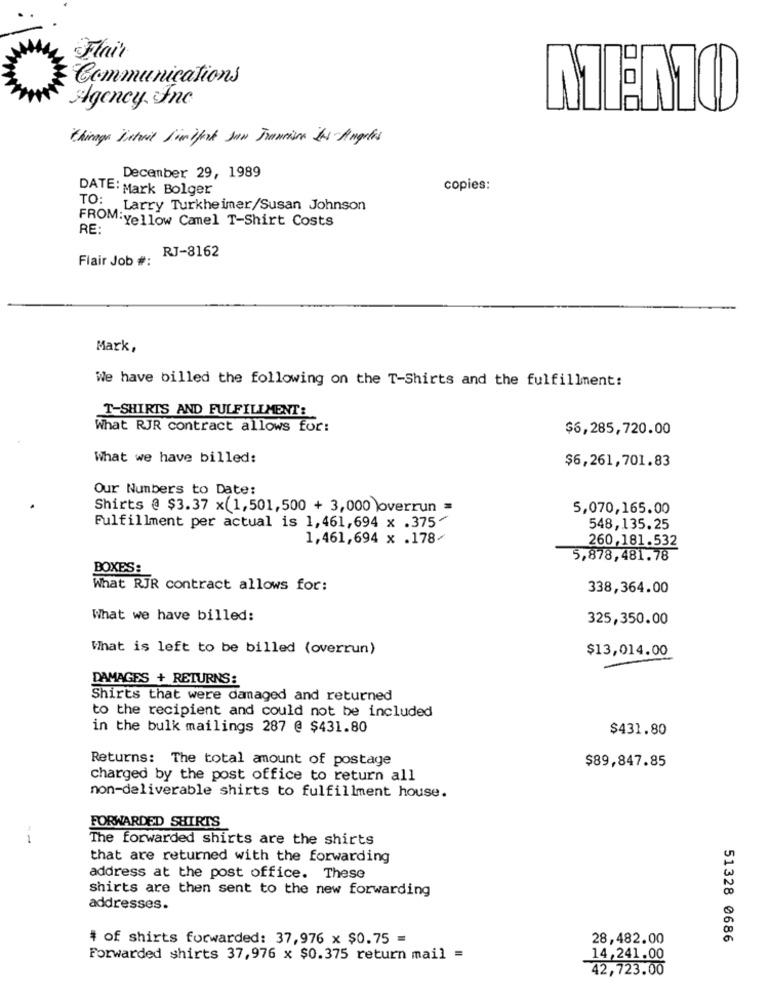
Flair
Communications
Agency fnc
things Detail Jimifark son Transison Los Angeles
December 29, 1989
DATE: Mark Bolger
copies:
TO: Larry Turkheimer/Susan Johnson
FROM:Yellow Camel T-Shirt Costs
RE:
RJ-8162
Flair Job #:
Mark,
We have billed the following on the T-Shirts and the fulfillment:
T-SHIRTS AND FULFILLMENT:
What RJR contract allows for:
$6,285,720.00
What we have billed:
$6,261,701.83
Our Numbers to Date:
Shirts @ $3.37 x(1,501,500 + 3,000 )overrun =
5,070,165.00
Fulfillment per actual is 1,461,694 x .375-
548,135.25
1,461,694 x .178/
260,181.532
5,878,481.78
BOXES:
What RJR contract allows for:
338,364.00
What we have billed:
325,350.00
What is left to be billed (overrun)
$13,014.00
DAMAGES + RETURNS:
Shirts that were damaged and returned
to the recipient and could not be included
in the bulk mailings 287 @ $431.80
$431.80
Returns: The total amount of postage
$89,847.85
charged by the post office to return all
non-deliverable shirts to fulfillment house.
FORWARDED SHIRTS
1
The forwarded shirts are the shirts
that are returned with the forwarding
address at the post office. These
shirts are then sent to the new forwarding
addresses.
# of shirts forwarded: 37,976 x $0.75 =
28,482.00
51328 0686
Forwarded shirts 37,976 x $0.375 return mail =
14,241.00
42,723.00